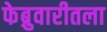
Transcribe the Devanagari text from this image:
फेब्रुवारीतला